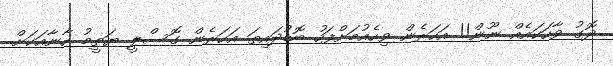
ދޮގު ވާހަކައެއް ނޫން!! އަހަރެން ވިހެއުމަށްފަހު ބޮޑުދައިތަ އަހަރެން ގޮސްލީ ޔަތީމު ހާނާއަކަށް..